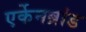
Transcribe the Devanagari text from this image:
एर्केनब्रांड